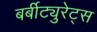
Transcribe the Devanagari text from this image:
बर्बीट्युरेट्स